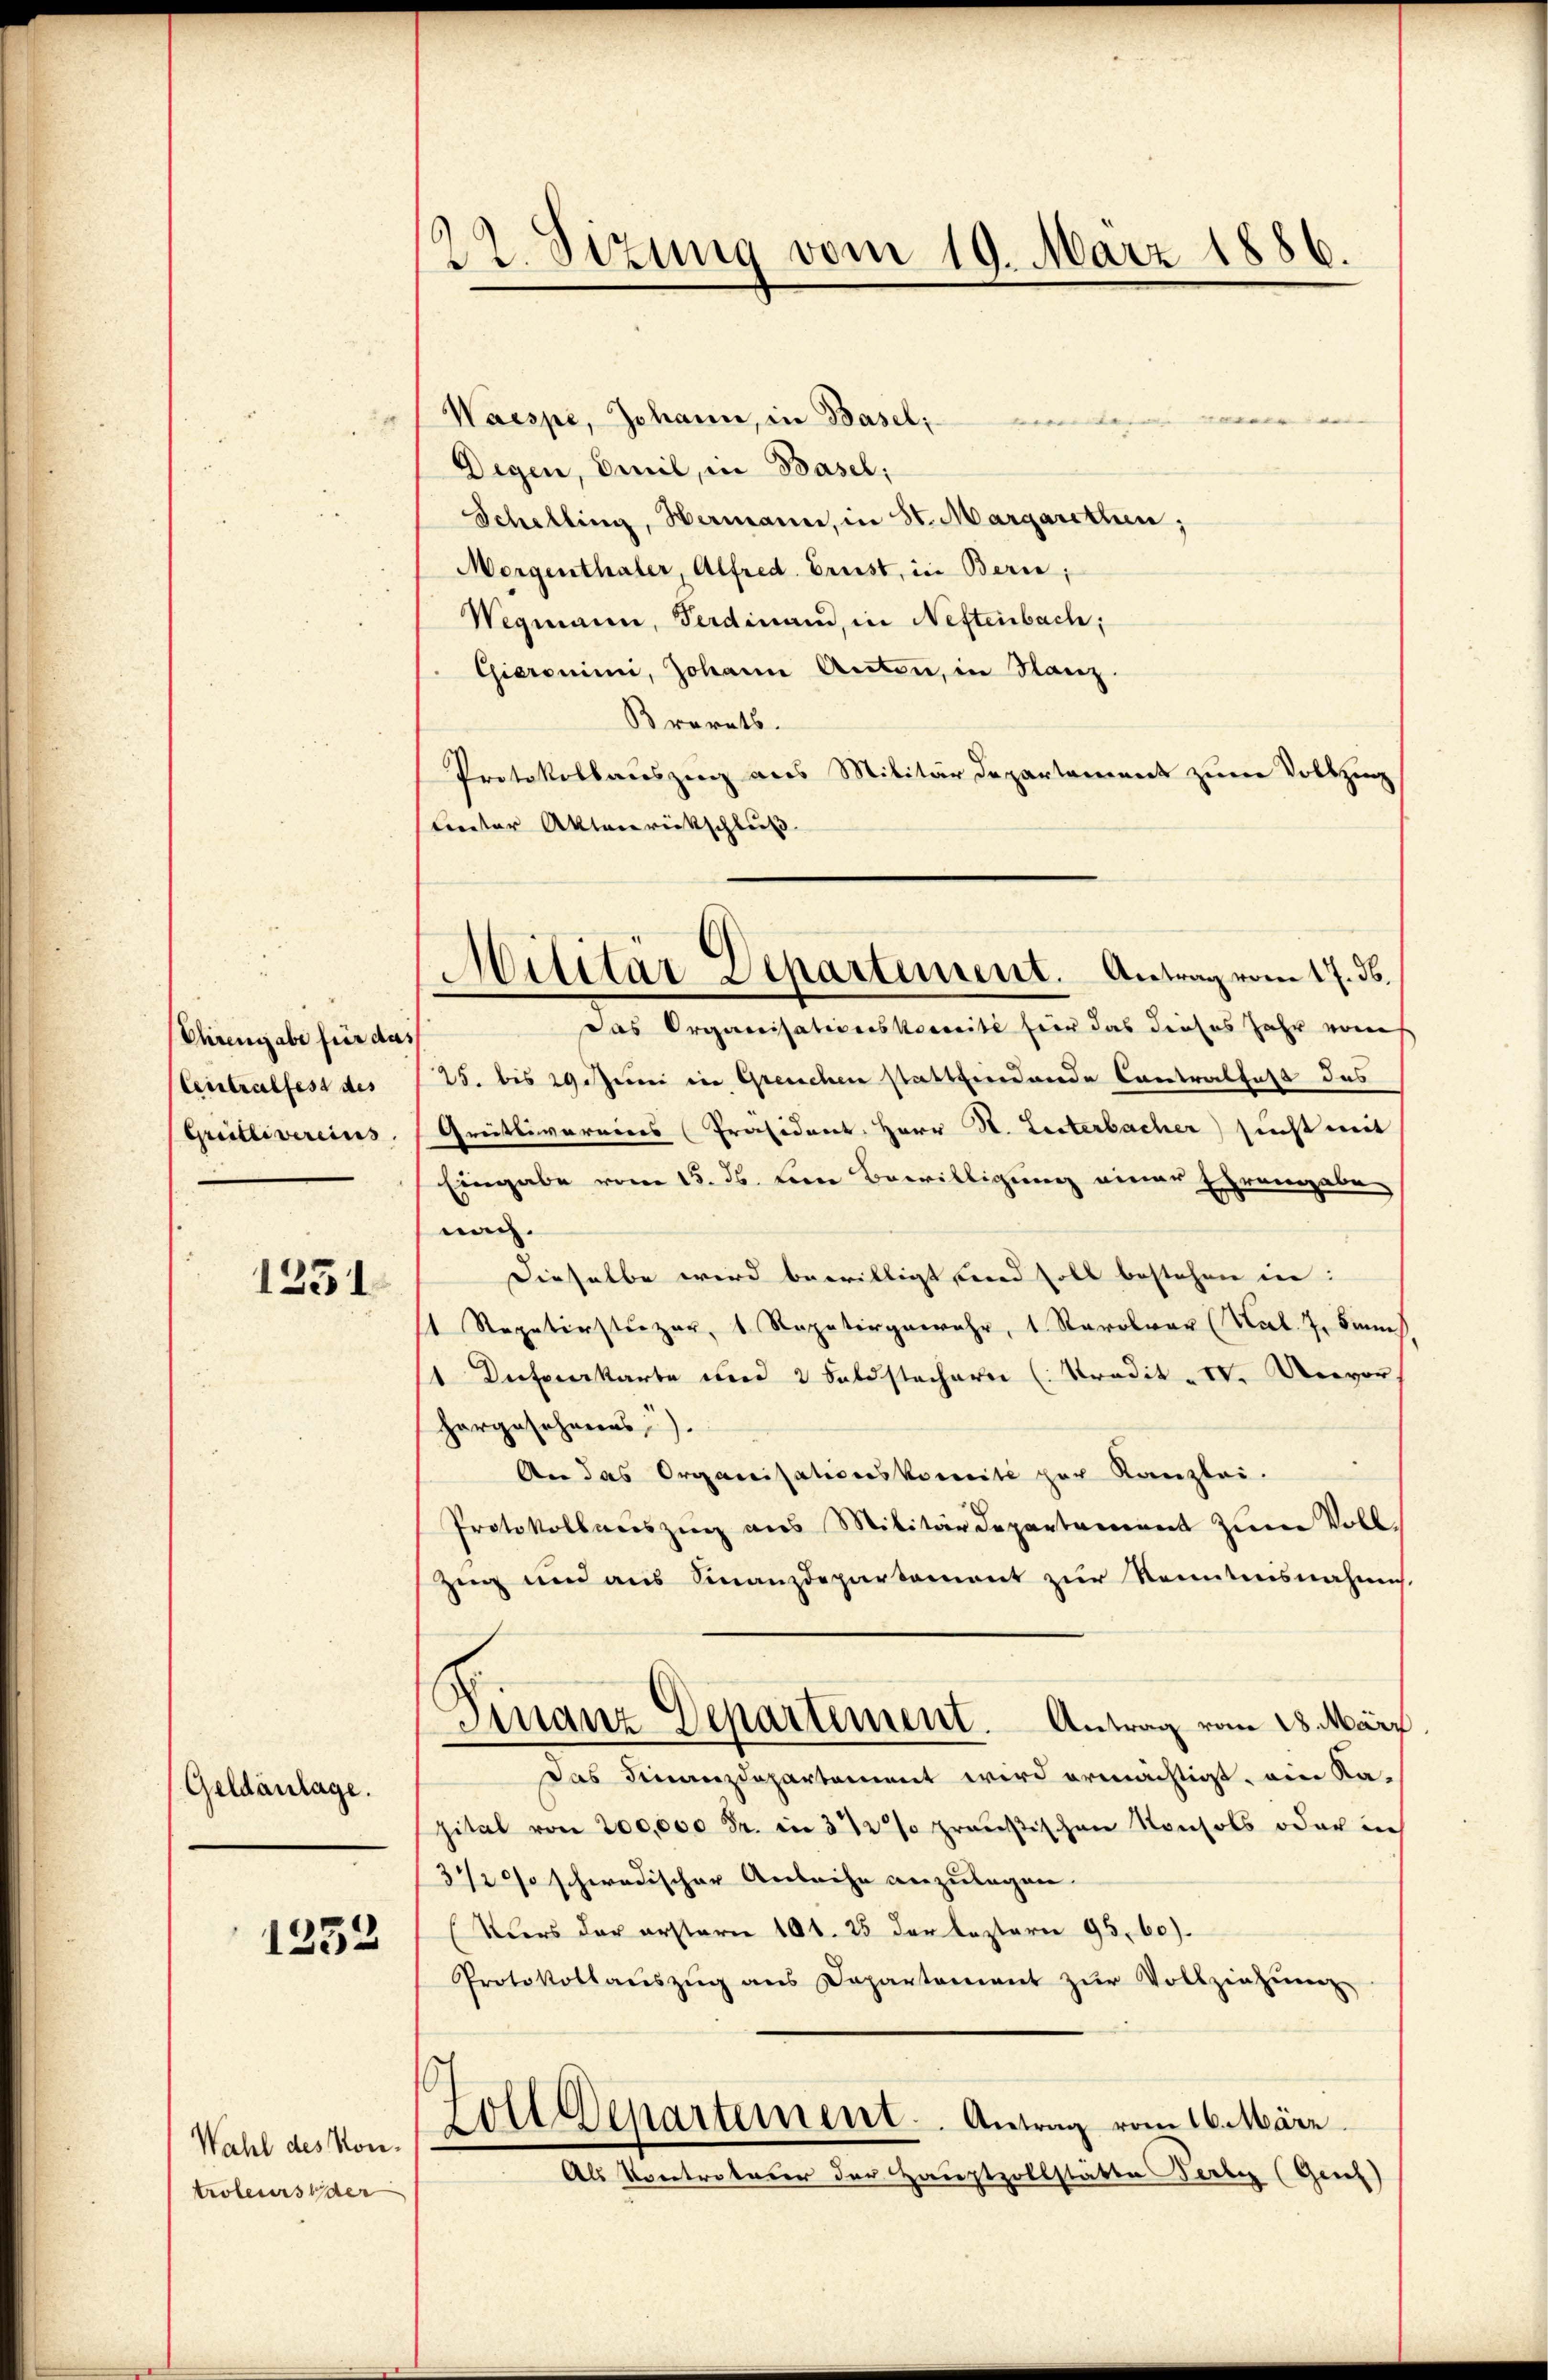
Ehrengabe für das
Centralfest des
Grillivereins

1231

Geldanlage.

1232

Wahl des Kontroleurs der

122. Sizung vom 19. März 1886.

Waespe, Johann, in Basel,
wein meinen |
Degen, Beil, in Basel,
Schelling, Hermann, in St. Margarethen;
Morgenthaler, Alfred Brust, in Bern,
Wegmann, Ferdinand, in Neftenbach:
Gieronimi, Johann Anton, in Glanz
Brorats.
Protokollauszug aus Militärdepartament zum Vollzing
Lnter Aktenrückschluß
das Organisationskomité fier das dieses Jahr von
25. bis 29. Juni in Greuchen stattfindende Cantralfast das
Greitlivereiers (Präsident. Herr H. Leiterbacher sicht mit
Eingabe vom 15. ds. Leine Bewilligung einer Ehrengabe
nach.
Dieselbe wird bewilligt sind soll bestehen in:
t Stepaterstüzer, 1 Rapatergewahr, 1 Karolvan (Kal. 7. Sinn
1 Deserkarte und 2 Saldstacherei (Stradit. IV. Nervor.
hargesehnens).
An das Organisationskomite zur Kanzlei.
Protokollaŭszŭg ans Militärdepartament zŭr Voll-
Zug und aus Finanzdepartement zur Kenntnisnahmes.
Finanz Departement. Antrag vom 28. März
Das Finanzdepartament wird ermächtigt, eine Ka-
pital von 200,000 Fr. in 3 1/2 % preußischen Konsols oder in
31200 schwedischer Anleihe anzulegen.
(Kurs der erstern 101. 25 der leztern 95, 60).
Protokollaŭszŭg ans Departement zŭr Vollziehŭng
Goll Departement. Antrag vom 16. März
Als Kontrateurer der Hauptzollstätte Farbe (Geieh)

Militär Departement. Antrag vom 17. ds.